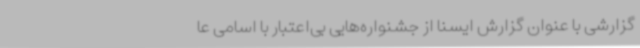
گزارشی با عنوان گزارش ایسنا از جشنواره‌هایی بی‌اعتبار با اسامی عا